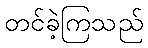
တင်ခဲ့ကြသည်